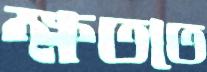
ক্ষততে